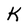
Character: K